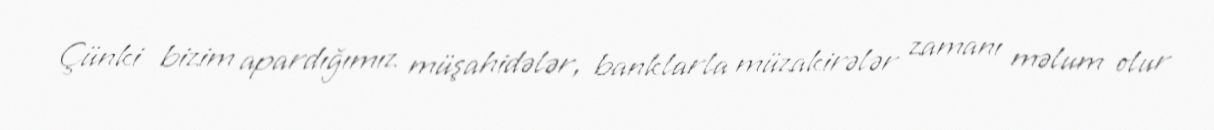
Çünki bizim apardığımız müşahidələr, banklarla müzakirələr zamanı məlum olur